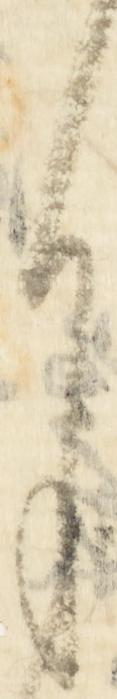
月